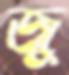
জু